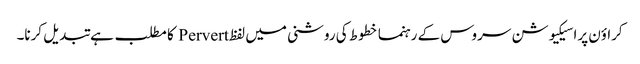
کراؤن پراسیکیوشن سروس کے رہنما خطوط کی روشنی میں لفظ Pervert کا مطلب ہے تبدیل کرنا۔